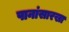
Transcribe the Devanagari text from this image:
पानांसारखा